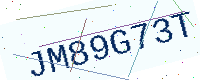
Text: JM89G73T